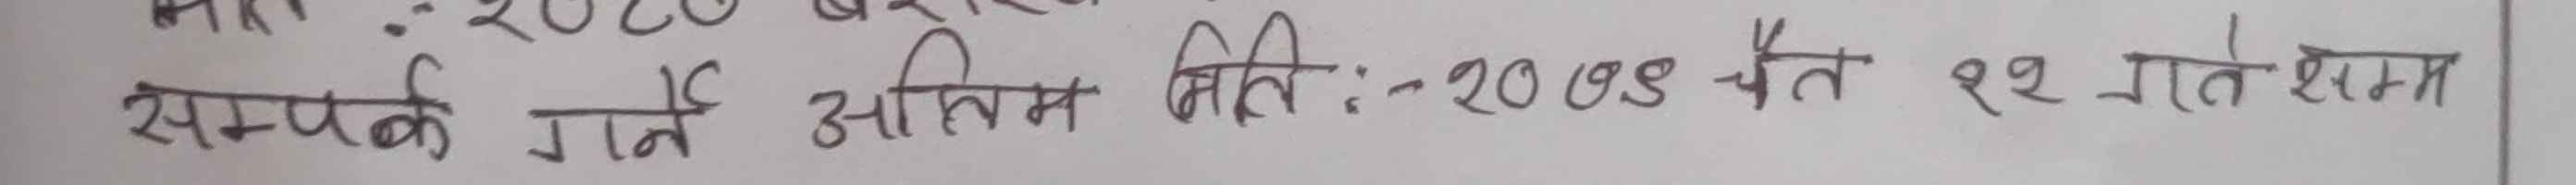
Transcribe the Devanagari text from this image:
सम्पर्क गर्ने अन्तिम मिति:- २०७९ चैत २२ गतेसम्म